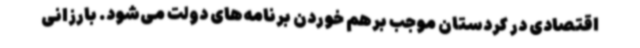
اقتصادی در کردستان موجب برهم خوردن برنامه‌های دولت می‌شود. بارزانی